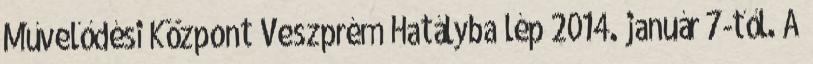
Művelődési Központ Veszprém Hatályba lép 2014. január 7-től. A